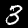
Digit: 3